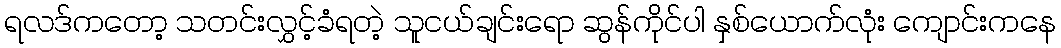
ရလဒ်ကတော့ သတင်းလွှင့်ခံရတဲ့ သူငယ်ချင်းရော ဆွန်ကိုင်ပါ နှစ်ယောက်လုံး ကျောင်းကနေ